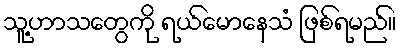
သူ့ဟာသတွေကို ရယ်မောနေသံ ဖြစ်ရမည်။